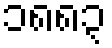
၁၈၈၃